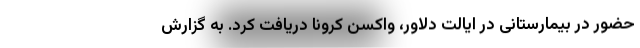
حضور در بیمارستانی در ایالت دلاور، واکسن کرونا دریافت کرد. به گزارش